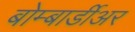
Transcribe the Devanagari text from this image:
बोम्बार्डीअर